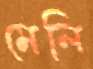
মেলি